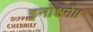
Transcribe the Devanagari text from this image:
इनोश्चगे॥